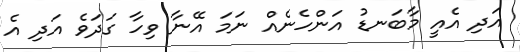
އަދި އެއީ މާބަނޑު އަންހެނެއް ނަމަ އޭނާ ވިހާ ގަދަވެ އަދި އެ